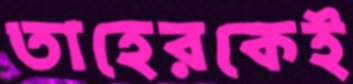
তাহেরকেই